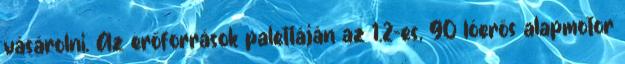
vásárolni. Az erőforrások palettáján az 1.2-es, 90 lóerős alapmotor